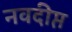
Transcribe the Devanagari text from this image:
नवदीप्त